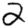
Digit: 2